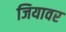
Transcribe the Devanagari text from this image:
जियावर